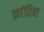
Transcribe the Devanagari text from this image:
क्रांतिबा